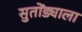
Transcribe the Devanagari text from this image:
सुतोंड्याला